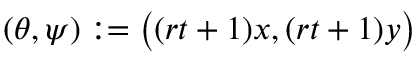
( \theta , \psi ) : = \big ( ( r t + 1 ) x , ( r t + 1 ) y \big )